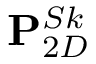
\mathbf { P } _ { 2 D } ^ { S k }